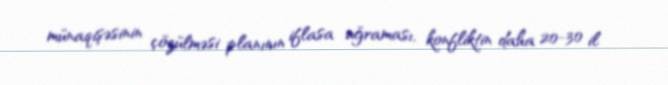
münaqişəsinin çözülməsi planının iflasa uğraması, konfliktin daha 20-30 il